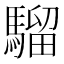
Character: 騮